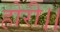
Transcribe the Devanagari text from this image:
होरी।।